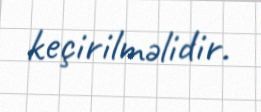
keçirilməlidir.